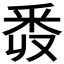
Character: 𨤑